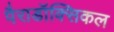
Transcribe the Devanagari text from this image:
पैराडॉक्सिकल